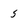
Character: 5